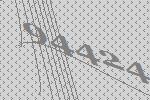
94424